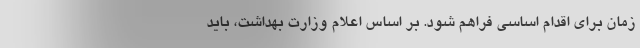
زمان برای اقدام اساسی فراهم شود. بر اساس اعلام وزارت بهداشت، باید